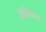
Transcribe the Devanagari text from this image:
आर्कवेबस